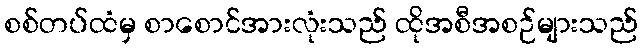
စစ်တပ်ထံမှ စာစောင်အားလုံးသည် ထိုအစီအစဉ်များသည်